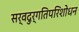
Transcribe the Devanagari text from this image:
सर्वदुर्गतिपरिशोधन